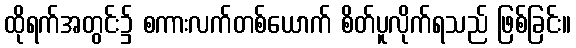
ထိုရက်အတွင်း၌ စကားလက်တစ်ယောက် စိတ်ပူလိုက်ရသည် ဖြစ်ခြင်း။